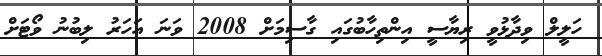
ހަލީލް ވިދާޅުވީ ރިޔާސީ އިންތިހާބުގައި ގާސިމަށް 2008 ވަނަ އަހަރު ލިބުނު ވޯޓަށް